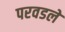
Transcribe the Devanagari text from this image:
परवडले